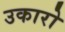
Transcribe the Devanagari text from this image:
उकारो